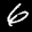
Label: 6